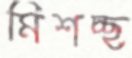
মিশচ্ছ